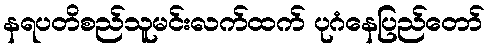
နရပတိစည်သူမင်းလက်ထက် ပုဂံနေပြည်တော်